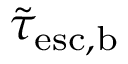
\tilde { \tau } _ { \mathrm { e s c , b } }